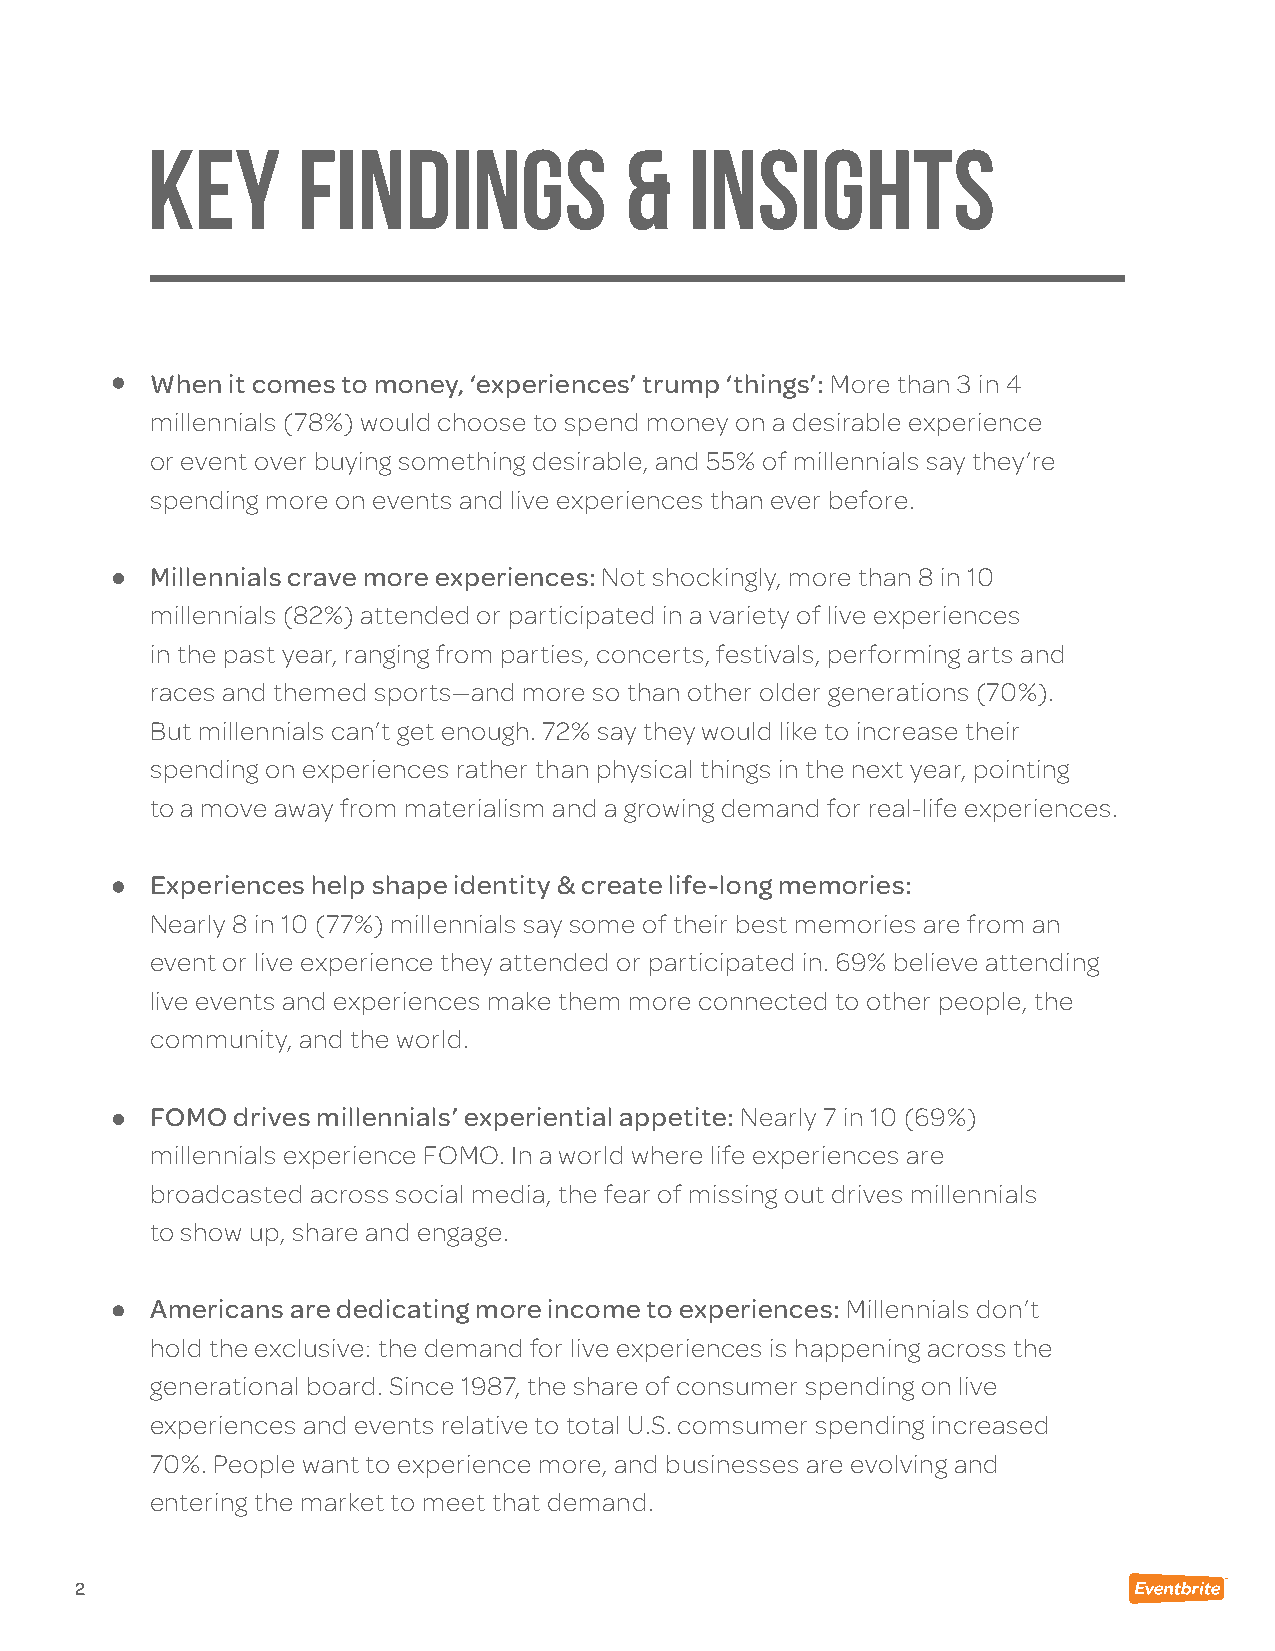
KEY       FINDINGS             &    INSIGHTS
 When it comes to money, ‘experiences’ trump ‘things’: More than 3 in 4
 millennials (78%) would choose to spend money on a desirable experience
 or event over buying something desirable, and 55% of millennials say they’re
 spending more on events and live experiences than ever before.
 Millennials crave more experiences: Not shockingly, more than 8 in 10
 millennials (82%) attended or participated in a variety of live experiences
 in the past year, ranging from parties, concerts, festivals, performing arts and
 races and themed sports—and more so than other older generations (70%).
 But millennials can’t get enough. 72% say they would like to increase their
 spending on experiences rather than physical things in the next year, pointing
 to a move away from materialism and a growing demand for real-life experiences.
 Experiences help shape identity & create life-long memories:
 Nearly 8 in 10 (77%) millennials say some of their best memories are from an
 event or live experience they attended or participated in. 69% believe attending
 live events and experiences make them more connected to other people, the
 community, and the world.
 FOMO drives millennials’ experiential appetite: Nearly 7 in 10 (69%)
 millennials experience FOMO. In a world where life experiences are
 broadcasted across social media, the fear of missing out drives millennials
 to show up, share and engage.
 Americans are dedicating more income to experiences: Millennials don’t
 hold the exclusive: the demand for live experiences is happening across the
 generational board. Since 1987, the share of consumer spending on live
 experiences and events relative to total U.S. comsumer spending increased
 70%. People want to experience more, and businesses are evolving and
 entering the market to meet that demand.
 2